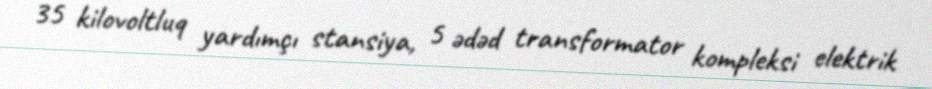
35 kilovoltluq yardımçı stansiya, 5 ədəd transformator kompleksi elektrik